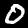
Label: 0